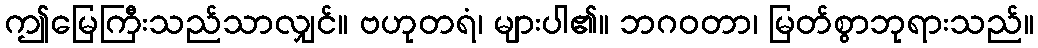
ဤမြေကြီးသည်သာလျှင်။ ဗဟုတရံ၊ များပါ၏။ ဘဂဝတာ၊ မြတ်စွာဘုရားသည်။